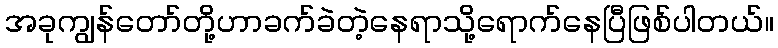
အခုကျွန်တော်တို့ဟာခက်ခဲတဲ့နေရာသို့ရောက်နေပြီဖြစ်ပါတယ်။